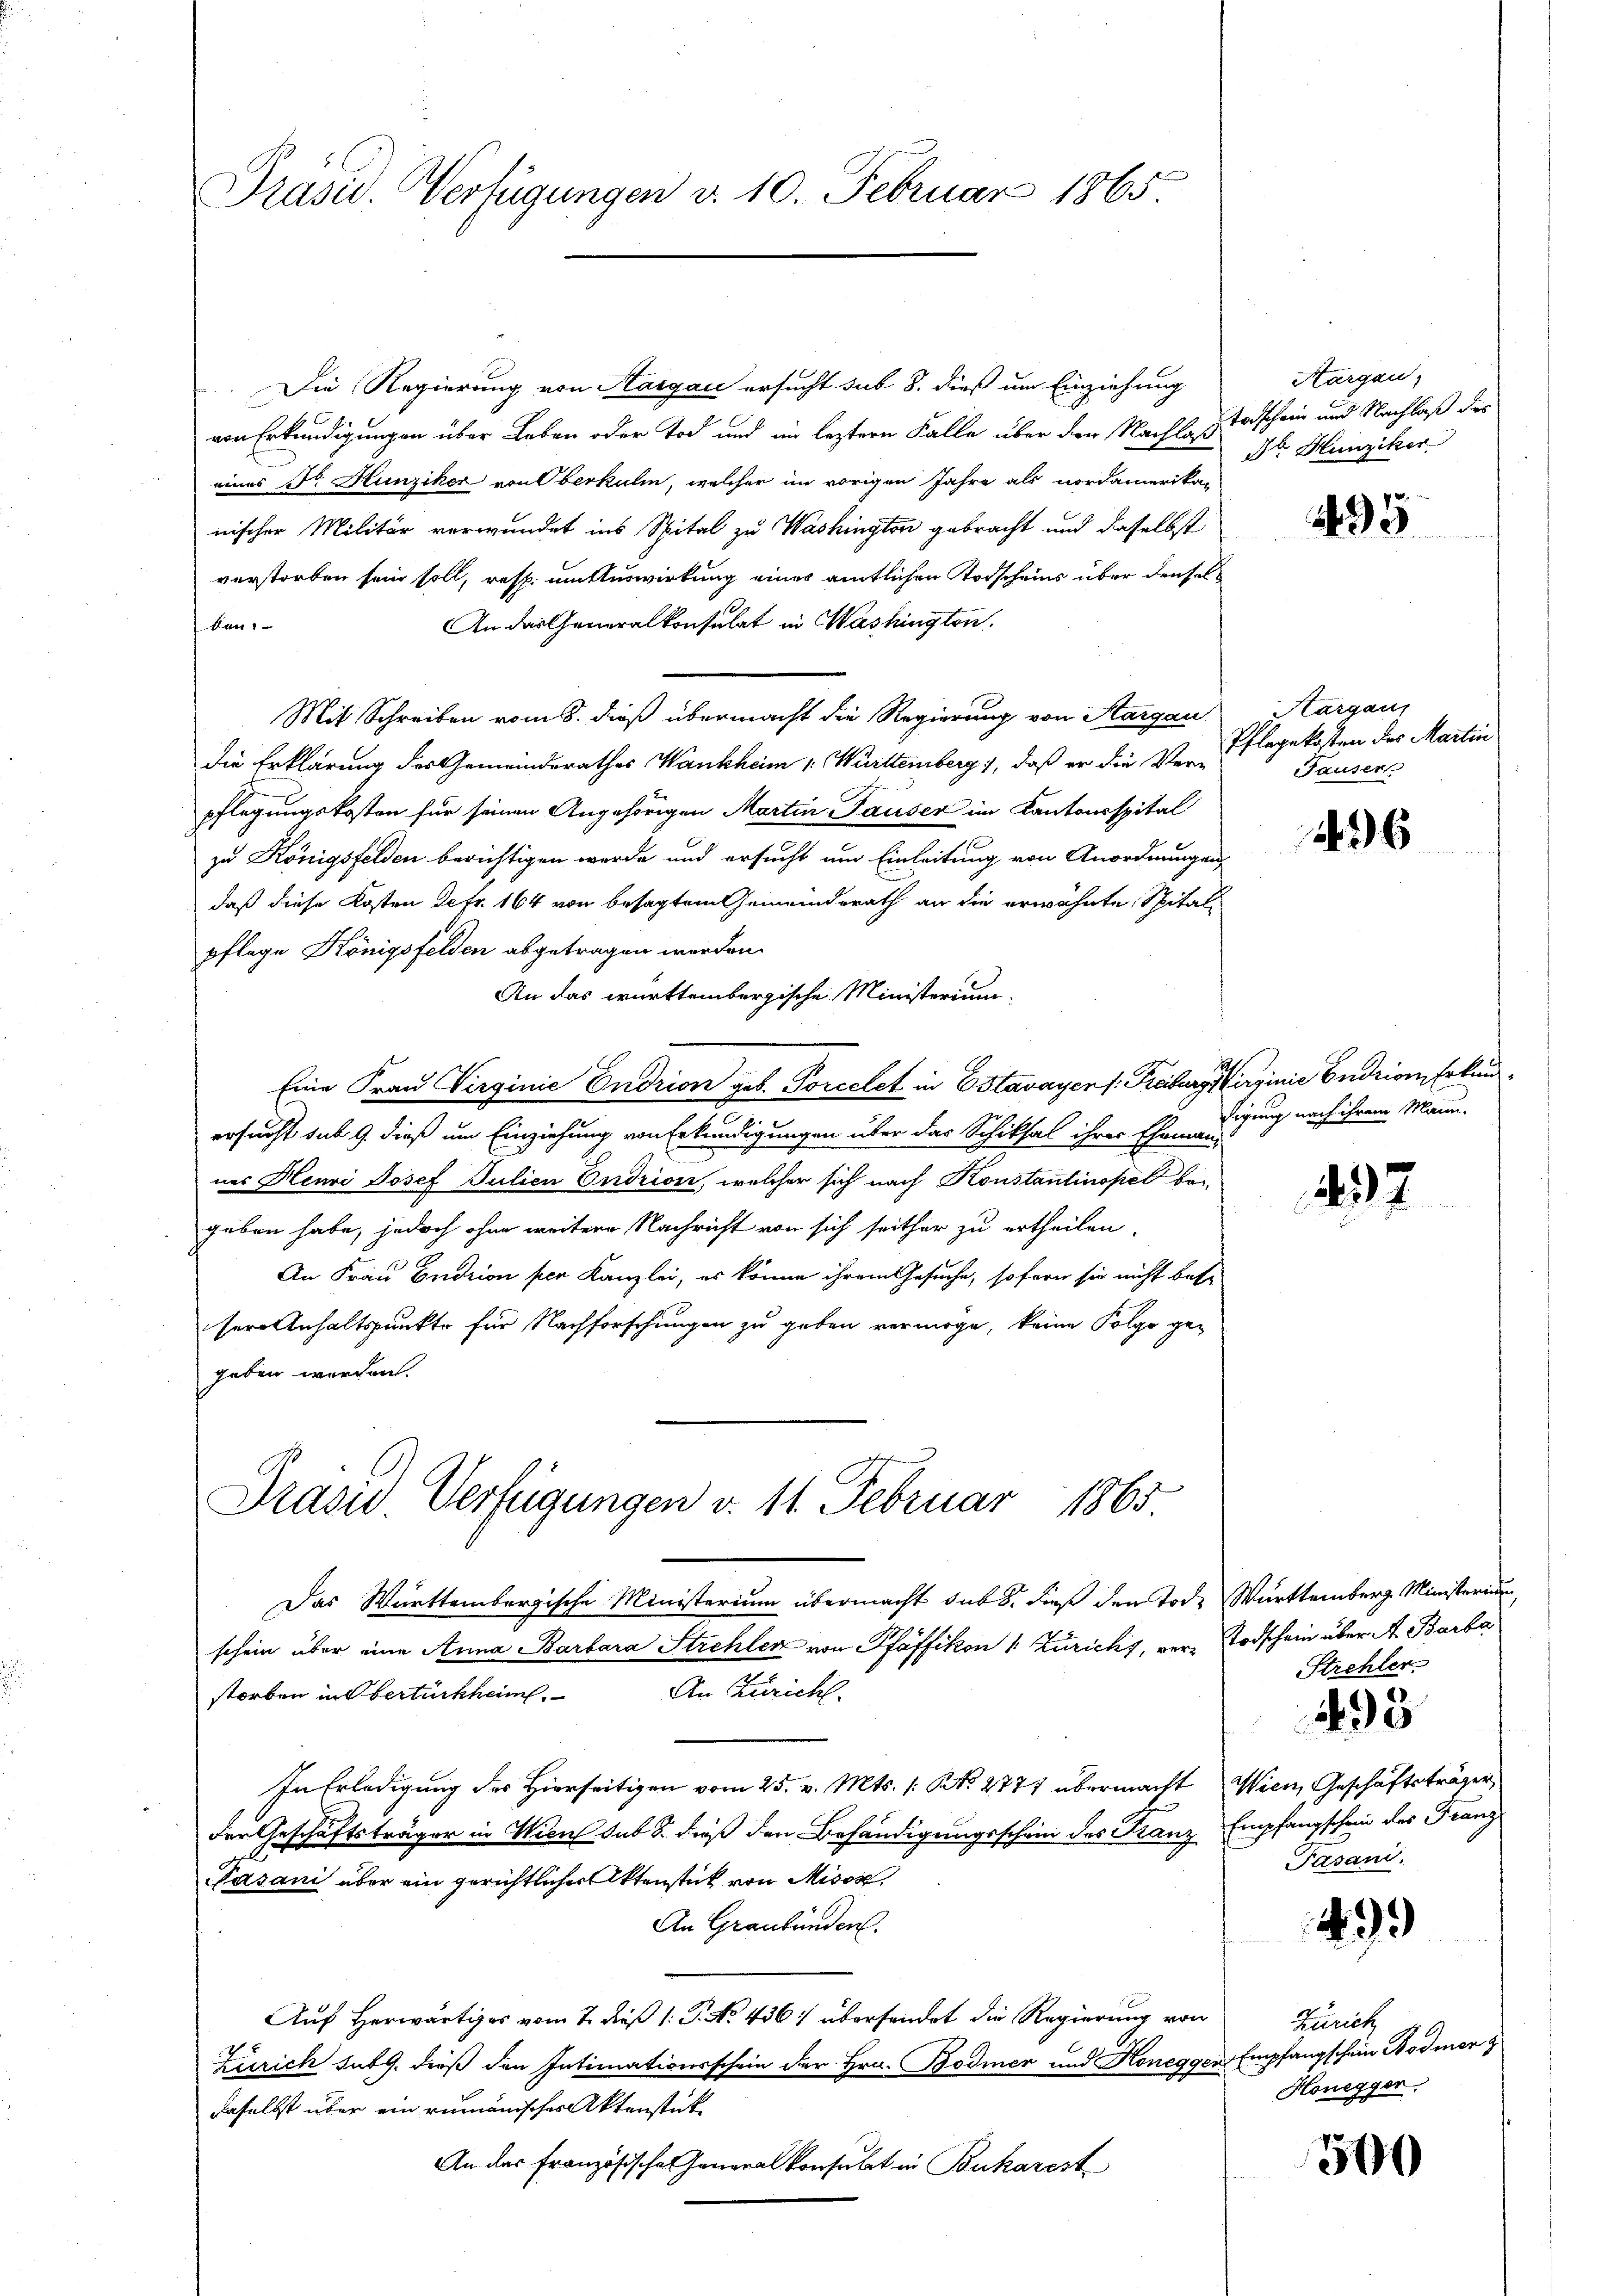
Präsid. Verfügungen d. 10. Februar 1865

Die Regierung von Aargau ersucht sub 8. dieß um Einziehung
von Erkundigungen über Leben oder Tod und im leztern Falle über den Nachlass Todschein und Nachlaß des
eines Dr. Hunziker von Oberkulm, welcher im vorigen Jahre als nordamerikar
nischer Militär verwundet ins Spital zu Washington gebracht und daselbst
verstorben sein soll, resp. um Auswirkung eines amtlichen Todscheins über densel¬
An das Generalkonsulat in Washingten.
ben.
Mit Schreiben vom 8. dieß übermacht die Regierung von Sargau
die Erklärung des Gemeindsrathes Wankheim 1. Württemberg, daß er die Verpflegungskosten für seinen Angehörigen Martin Tauser im Kantonsspital
zu Königsfelden berichtigen werde und ersucht um Einleitung von Anordnungen
daß diese Kosten de fr. 164 von besagtem Gemeinderath an die erwähnte Spitalpflege Königsfelden abgetragen werden.
An das württembergische Ministerium
Eine Frau Virginie Endrion geb. Porcelet in Estavayer /: Freiburg Virginie Endrion, Erkunt
ersucht sub 9. dieß um Einziehung von Erkundigungen über das Schiksal ihrer Eheman-
nes Henri Josef Julien Ondrion, welcher sich nach Konstantinopel bei
geben habe, jedoch ohne weitere Nachricht von sich seither zu ertheilen,
.
An Frau Endrion per Kanzlei, es könne ihrem Gesuche, soforn sie nicht bese
sere Anhaltspunkte für Nachforschungen zu geben vermöge, keine Folge ge-
geben werden.

Drasid. Verfügungen v. 11. Februar 1865.

Das Württembergische Ministerium übermacht sub 8. dieß den Tod. Württemberg Ministerium,
schein über eine Anna Barbara Strehler von Pfäffikon v. Züricht, vere Todschein über A. Barba
An Züricht.
storben intertürkheim.
In Erledigung des Hierseitigen vom 25. v. Mts. (: No 2771 übermacht Wien, Geschäftsträger
der Geschäftsträger in Wien sub 8. dieß den Behändigungsschein des Franz Empfangschein des Franz
gl
Pasani über ein gerichtlicher Aktenstück von Misox,
An Graubünden.
Auf Herwärtiges vom 7. dieß 1: P. No. 436 übersendet die Regierung von
Zürich sub. dieß den Intimationsschein der Hrn. Bodmer und Honeggen
daselbst über ein rumänisches Aktenstück
An das Französischen Generalkonsulat in Bukarest

Aargau,
de Hunziker

4435

Aargau
Pflegekosten der Martin
Tauser

2496

digung nach ihrem Mann.

437

Strehler

495

Pasani.

499

Renitz
Empfangschein Bodmer z
Honegger.

500